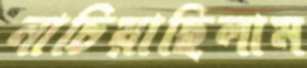
নাচিয়াছিলাম